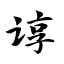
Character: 谆